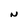
Character: N